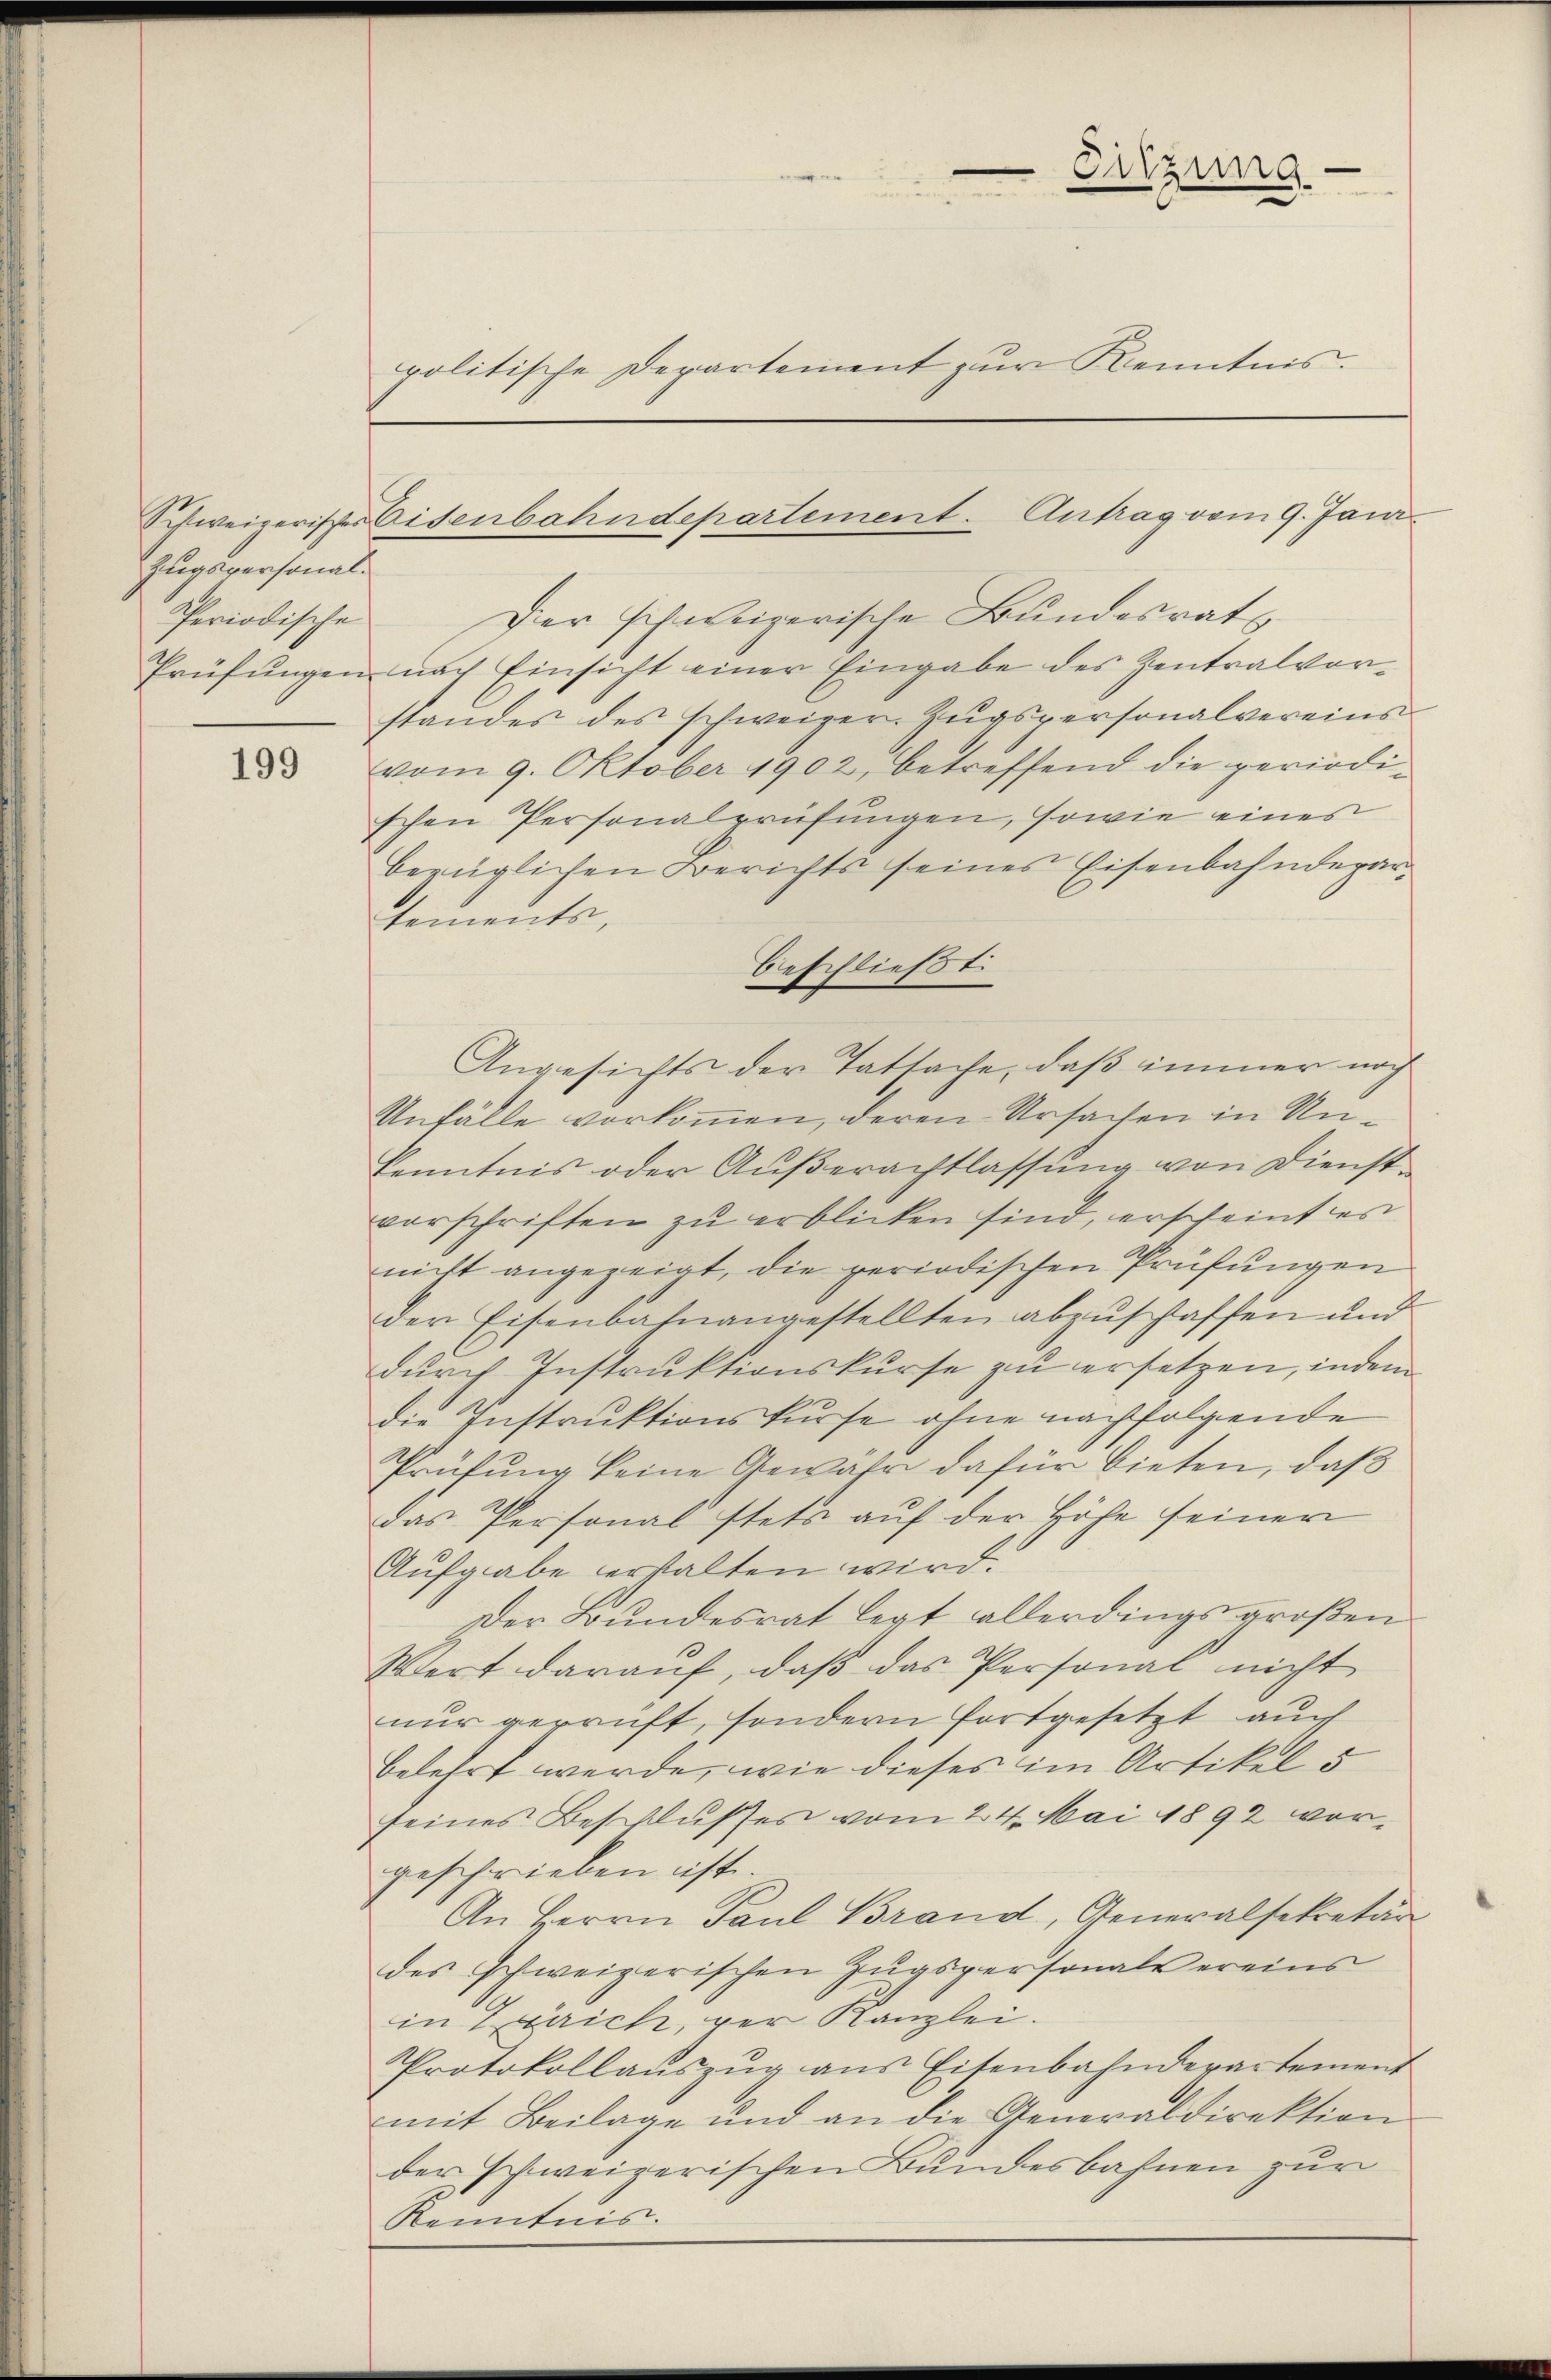
Zugspersonal.
Periodische

199

Dier schweizerische Bundesrats
Prüfŭngen nach Einsicht einer Eingabe des Zentralvorstandes des schweizer. Zŭgspersonalvereins
vom 9. Oktober 1902, betreffend die periodischen Personalprüfungen, sowie eines
bezüglichen Berichts seines Eisenbahndepar-
sements,
beschließt:
Angesichts der Tatsache, daß immer noch
Unfälle vorkommen, deren Ursachen in Unkenntnis oder Aŭβerachtlassŭng von Dienst-
vorschriften zu erblicken sind, erscheint es
nicht angezeigt, die periodischen Prüfungen
der Eisenbahnangestellten abzuschaffen und
durch Instruktionskurse zu ersetzen, indem
die Instruktionskurse ohne nachfolgende
Prüfung keine Gewähr dafür bieten, daß
das Personal stets aŭf der Höhe seiner
Aufgabe erhalten wird.
Der Bundesrat legt allerdings großen
Wert daraŭf, daβ das Personal nicht
nur geprüft, sondern fortgesetzt auch
belehrt werde, wie dieses im Artikel 5
seines Beschlusses vom 24. Mai 1892 vorgeschrieben ist.
An Herrn Paul Brand, Generalsekretär
des schweizerischen Zŭgspersonals ereins
in Errich, per Kanzlei.
Protokollaŭszŭg ans Eisenbahnderartement
mit Beilage und an die Generaldirektion
der schweizerischen Bundesbahnen zur
Kenntnis.

politische Departement zur Kenntnis.

Entzung

Schweizerister Eisenbahndepartement. Antrag vom 9. Janz